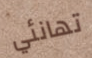
تهانئي